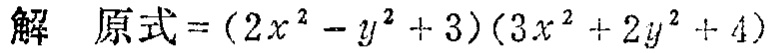
解 原式\(=(2x^{2}-y^{2}+3)(3x^{2}+2y^{2}+4)\)